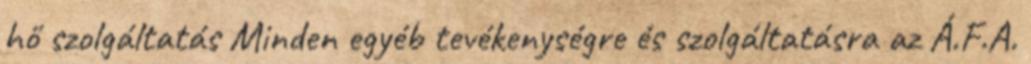
hő szolgáltatás Minden egyéb tevékenységre és szolgáltatásra az Á.F.A.